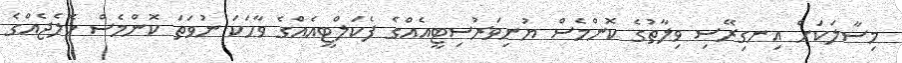
މިސާލަކަށް އިނގިރޭސި ވިލާތުގެ ކޮންމެސް ޔުނިވަރުސިޓީއެއްގެ ފެކަލްޓީއެއްގެ ވާހަކަ ނުވަތަ ކޮންމެސް ކޮލެޖެއްގެ